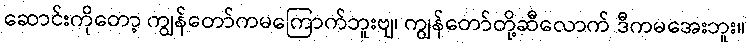
ဆောင်းကိုတော့ ကျွန်တော်ကမကြောက်ဘူးဗျ၊ ကျွန်တော်တို့ဆီလောက် ဒီကမအေးဘူး။